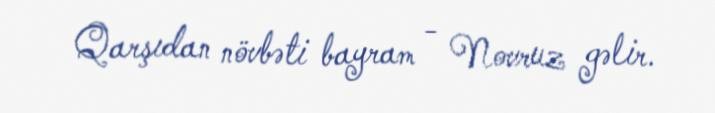
Qarşıdan növbəti bayram - Novruz gəlir.